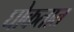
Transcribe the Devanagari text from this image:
घोकतात